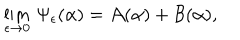
LaTeX: \lim _ { \epsilon \to 0 } \, \Psi _ { \epsilon } ( \alpha ) = { \cal A } ( \alpha ) + { \cal B } ( \alpha ) ,